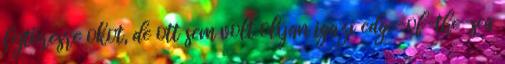
fejtörésre okot, de ott sem volt olyan igazi edge-of-the-sea